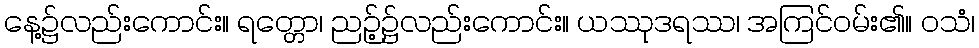
နေ့၌လည်းကောင်း။ ရတ္တော၊ ညဉ့်၌လည်းကောင်း။ ယဿုဒရဿ၊ အကြင်ဝမ်း၏။ ဝသံ၊